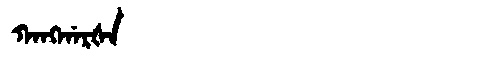
Manchu: ᡴᠠᠩᡤᠠᡵᡧᠠ
Romanization: KANGGARŠA